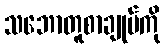
သဘောတူစာချုပ်ကို